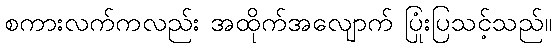
စကားလက်ကလည်း အထိုက်အလျောက် ပြုံးပြသင့်သည်။